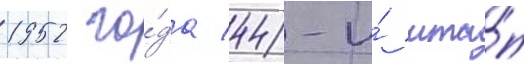
1952 го́да 44-и́ мта́п